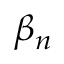
\beta _ { n }